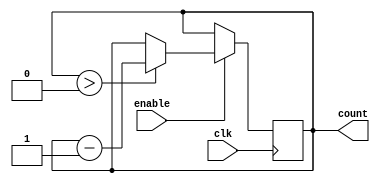
module BinaryDownCounter (
  input wire clk,
  input wire enable,
  output reg [3:0] count
);

always @(posedge clk) begin
  if (enable) begin
    if (count > 0) begin
      count <= count - 1;
    end
  end
end

endmodule